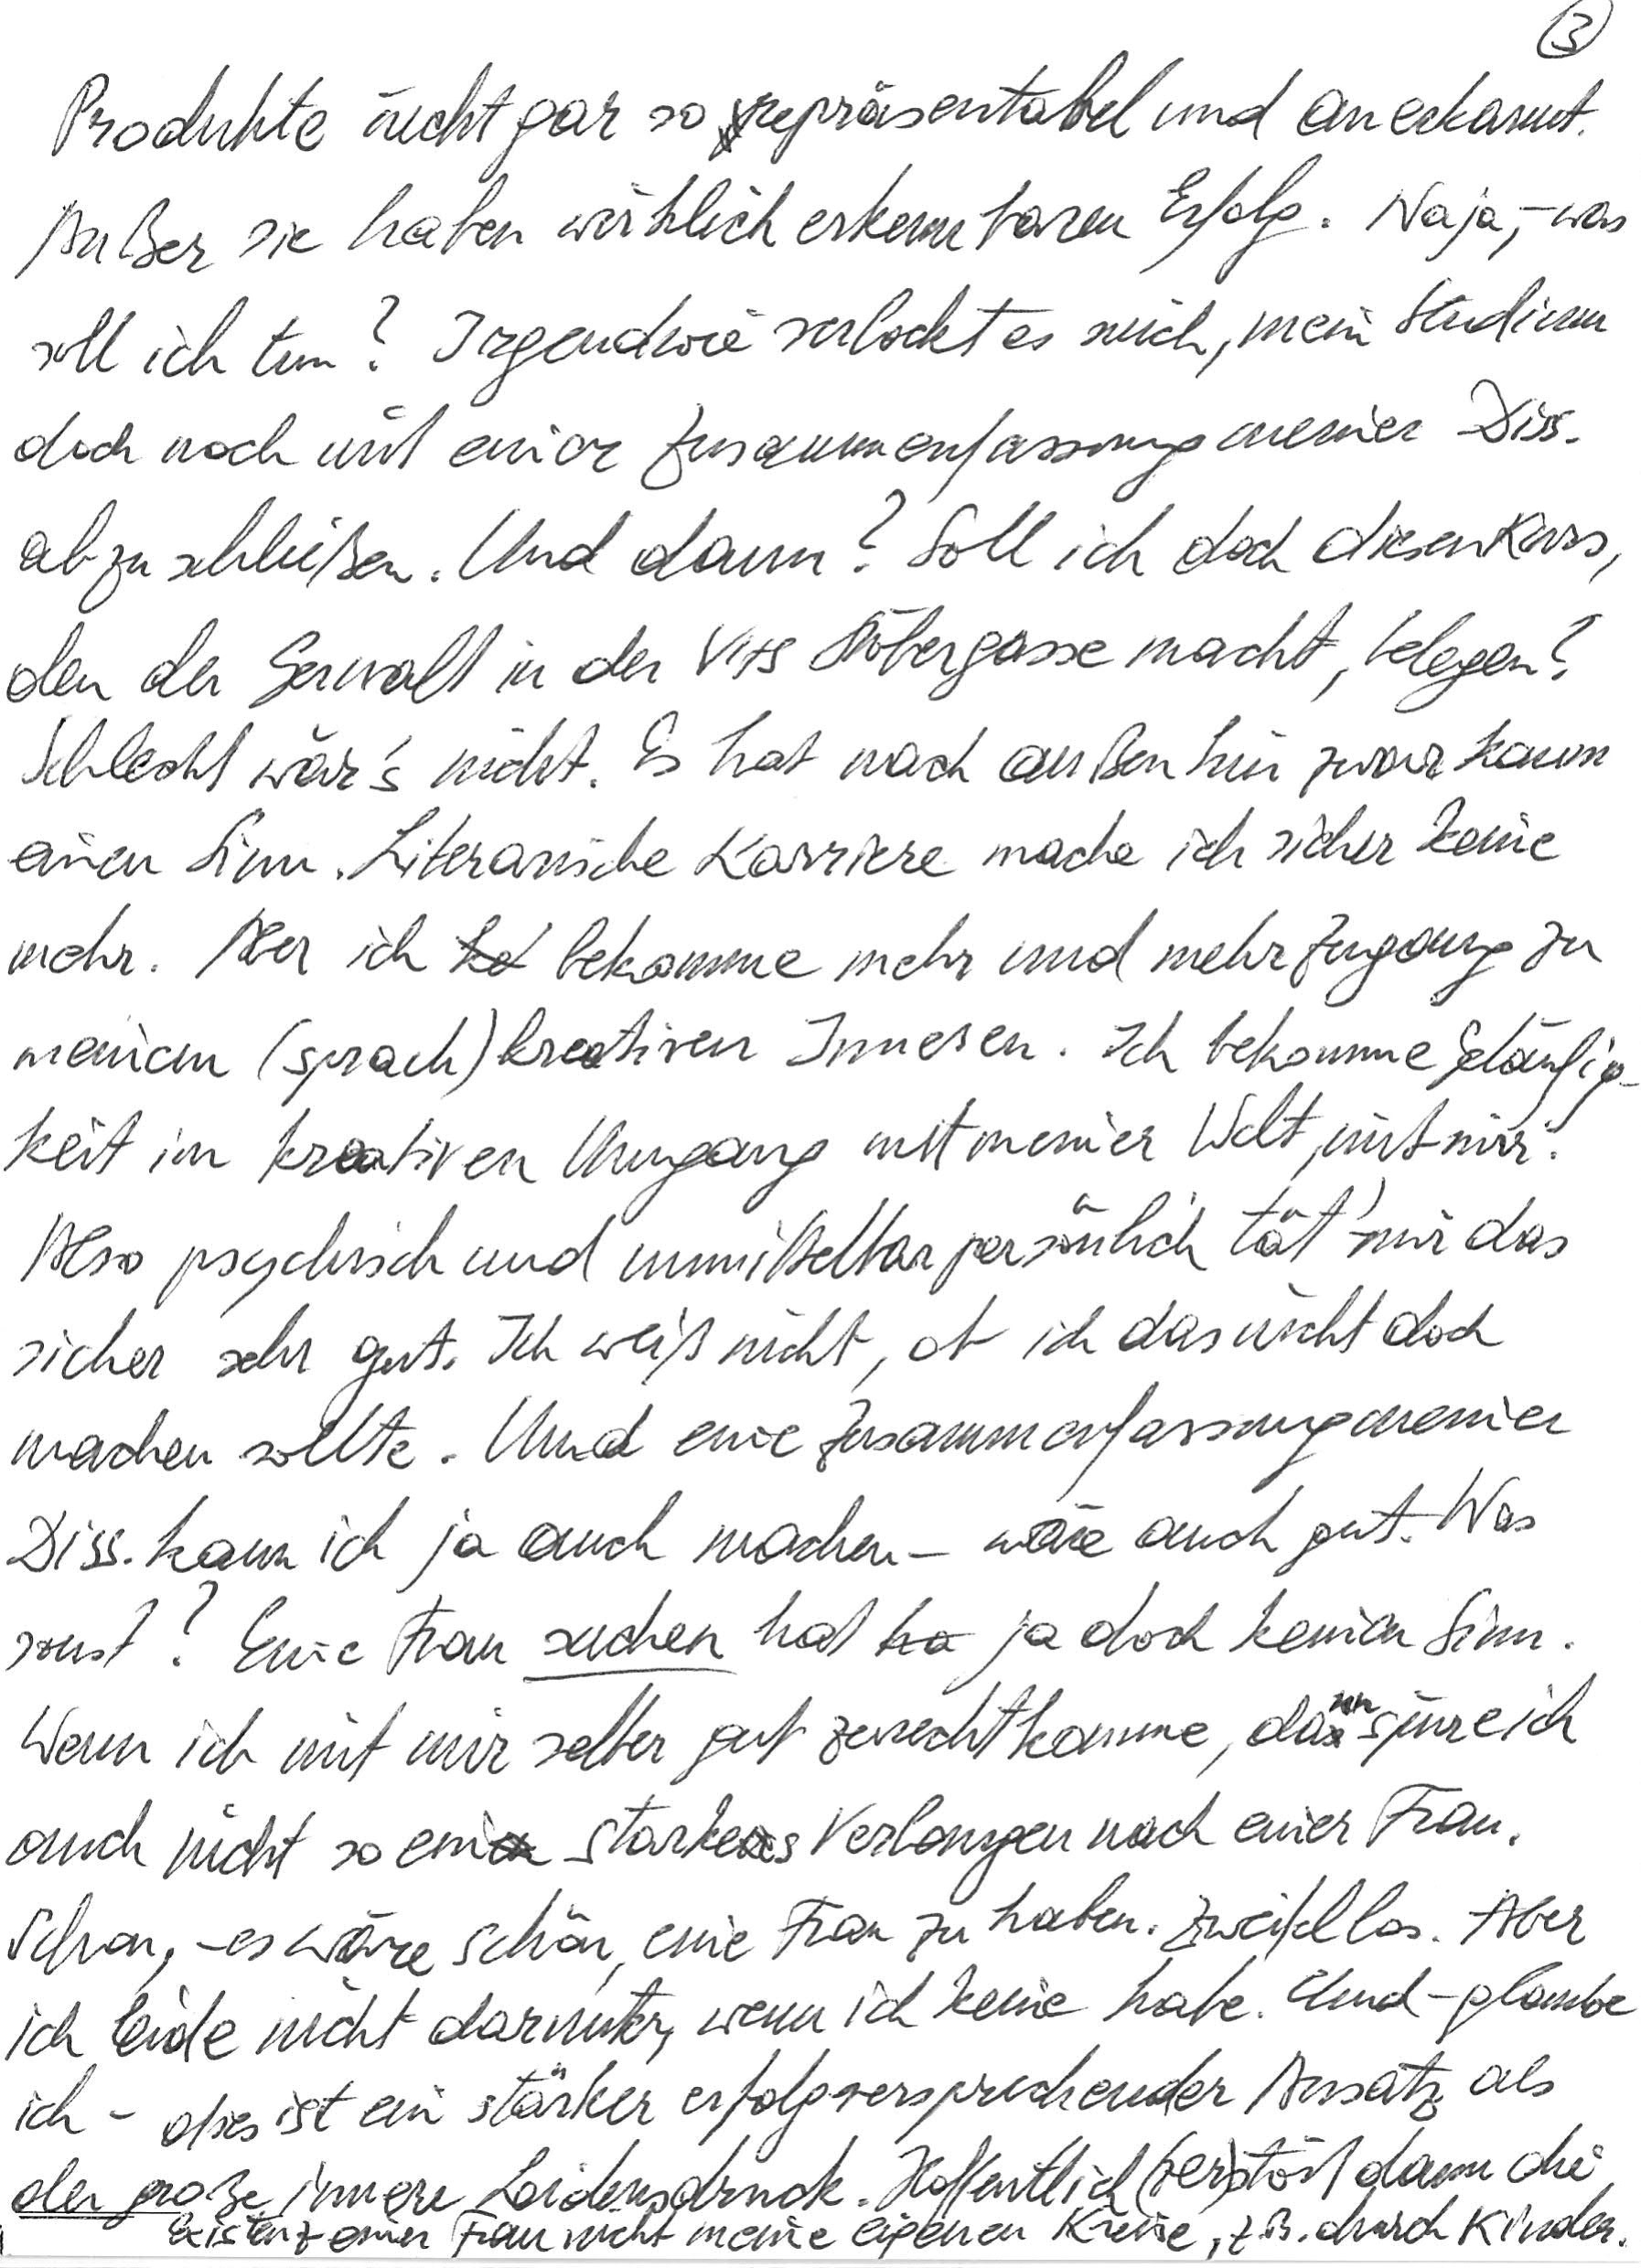
Produkte nicht gar so repräsentabel und anerkannt.
Außer sie haben wirklich erkennbaren Erfolg. Naja, – was
soll ich tun? Irgendwie verlockt es mich, mein Studium
doch noch mit einer Zusammenfassung meiner Diss.
abzuschließen. Und dann? Soll ich doch diesen Kurs,
den der Gerwalt in der VHS Stöbergasse macht, belegen?
Schlecht wär’s nicht. Es hat nach außen hin zwar kaum
einen Sinn. Literarische Karriere mache ich sicher keine
mehr. Aber ich bekomme mehr und mehr Zugang zu
meinem (sprach)kreativen Inneren. Ich bekomme Geläufig-
keit im kreativen Umgang mit meiner Welt, mit mir.
Also psychisch und unmittelbar persönlich tät‘ mir das
sicher sehr gut. Ich weiß nicht, ob ich das nicht doch
machen sollte. Und eine Zusammenfassung meiner
Diss. kann ich ja auch machen – wäre auch gut. Was
sonst? Eine Frau suchen hat ja doch keinen Sinn.
Wenn ich mit mir selber gut zurechtkomme, dann spüre ich
auch nicht so ein starkes Verlangen nach einer Frau.
Schon, – es wäre schön, eine Frau zu haben. Zweifellos. Aber
ich leide nicht darunter, wenn ich keine habe. Und – glaube
ich – dies ist ein stärker erfolgversprechender Ansatz als
der große innere Leidensdruck. Hoffentlich (zer)stört dann die
Existenz einer Frau nicht meine eigenen Kreise, z. B. durch Kinder.